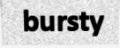
bursty